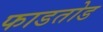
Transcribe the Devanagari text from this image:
फाडतोड